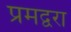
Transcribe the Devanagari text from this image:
प्रमद्वरा